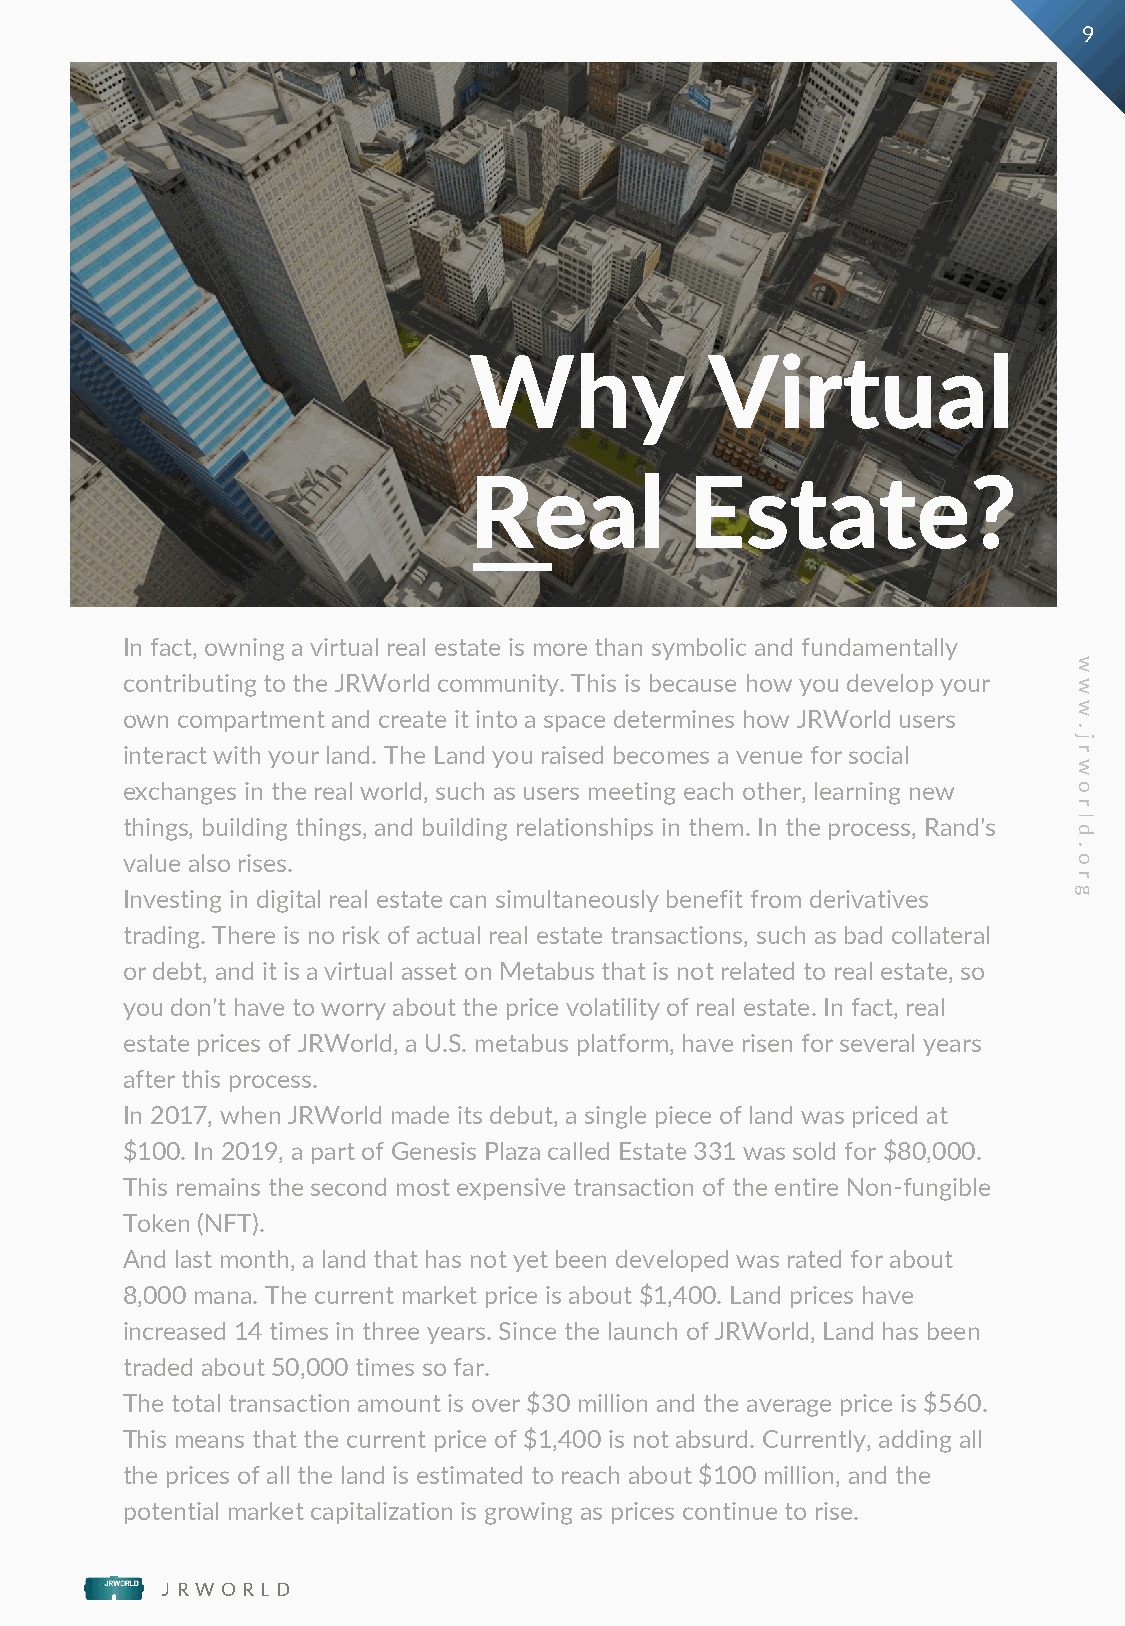
9
 Why             Virtual
 Real           Estate?
 In fact, owning a virtual real estate is more than symbolic and fundamentally
 w
 contributing to the JRWorld community. This is because how you develop your
 w
 w
 own compartment and create it into a space determines how JRWorld users
 .
 j
 interact with your land. The Land you raised becomes a venue for social r
 w
 exchanges in the real world, such as users meeting each other, learning new o
 r
 things, building things, and building relationships in them. In the process, Rand's l
 d
 .
 value also rises.                                              o
 r
 Investing in digital real estate can simultaneously benefit from derivatives g
 trading. There is no risk of actual real estate transactions, such as bad collateral
 or debt, and it is a virtual asset on Metabus that is not related to real estate, so
 you don't have to worry about the price volatility of real estate. In fact, real
 estate prices of JRWorld, a U.S. metabus platform, have risen for several years
 after this process.
 In 2017, when JRWorld made its debut, a single piece of land was priced at
 $100. In 2019, a part of Genesis Plaza called Estate 331 was sold for $80,000.
 This remains the second most expensive transaction of the entire Non-fungible
 Token (NFT).
 And last month, a land that has not yet been developed was rated for about
 8,000 mana. The current market price is about $1,400. Land prices have
 increased 14 times in three years. Since the launch of JRWorld, Land has been
 traded about 50,000 times so far.
 The total transaction amount is over $30 million and the average price is $560.
 This means that the current price of $1,400 is not absurd. Currently, adding all
 the prices of all the land is estimated to reach about $100 million, and the
 potential market capitalization is growing as prices continue to rise.
 J R W O R L D